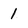
Character: 1